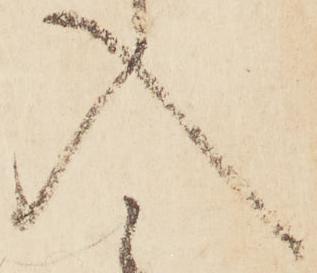
入